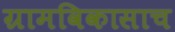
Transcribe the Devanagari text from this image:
ग्रामविकासाच